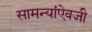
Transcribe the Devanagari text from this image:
सामन्यांऐवजी